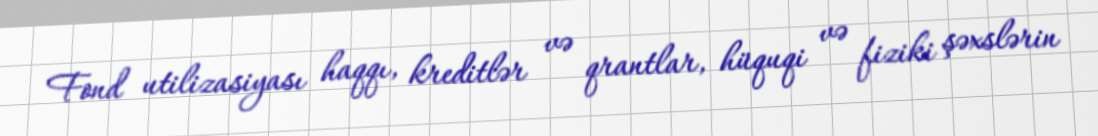
Fond utilizasiyası haqqı, kreditlər və qrantlar, hüquqi və fiziki şəxslərin